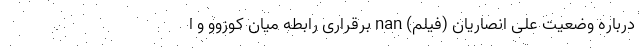
درباره وضعیت علی انصاریان (فیلم) nan برقراری رابطه میان کوزوو و ا